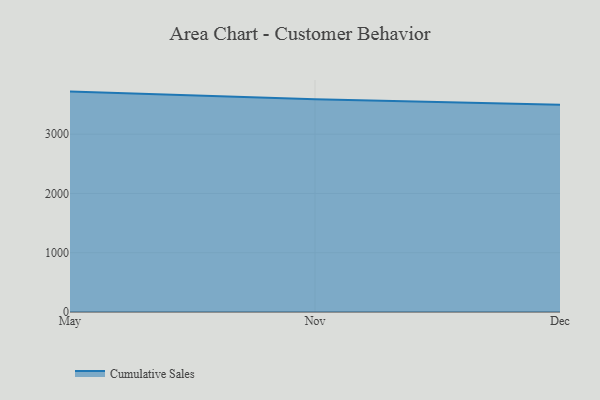
{"axis": {"x": "Month", "y": "Latency (ms)"}, "legend": ["Cumulative Sales"], "data": [{"x": "May", "y": 3718.4, "type": "Cumulative Sales"}, {"x": "Nov", "y": 3589.1, "type": "Cumulative Sales"}, {"x": "Dec", "y": 3498.5, "type": "Cumulative Sales"}]}